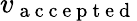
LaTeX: v_{\mathrm{~a~c~c~e~p~t~e~d~}}